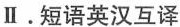
Ⅱ.短语英汉互译